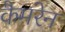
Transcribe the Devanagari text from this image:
कैमरेन